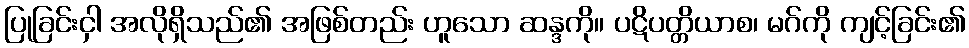
ပြုခြင်းငှါ အလိုရှိသည်၏ အဖြစ်တည်း ဟူသော ဆန္ဒကို။ ပဋိပတ္တိယာစ၊ မဂ်ကို ကျင့်ခြင်း၏